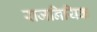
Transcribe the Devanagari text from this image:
राजनियिक